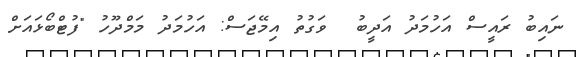
ނައިބު ރައީސް އަހުމަދު އަދީބު  ވަގުތު އިމޭޖަސް: އަހުމަދު މަމްދޫހު "ފުޓްބޯޅައަށް